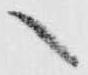
へ